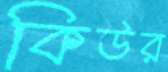
কিউর